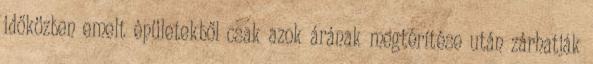
időközben emelt épüle­tekből csak azok árának megtérítése után zárhatják